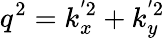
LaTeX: q^{2}=k_{x}^{'2}+k_{y}^{'2}